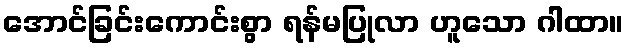
အောင်ခြင်းကောင်းစွာ ရန်မပြုလာ ဟူသော ဂါထာ။